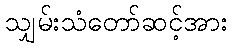
သျှမ်းသံတော်ဆင့်အား